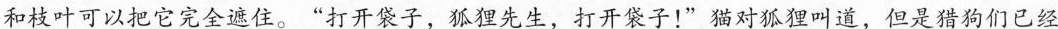
和枝叶可以把它完全遮住。”打开袋子，狐狸先生，打开袋子！”猫对狐狸叫道，但是猎狗们已经